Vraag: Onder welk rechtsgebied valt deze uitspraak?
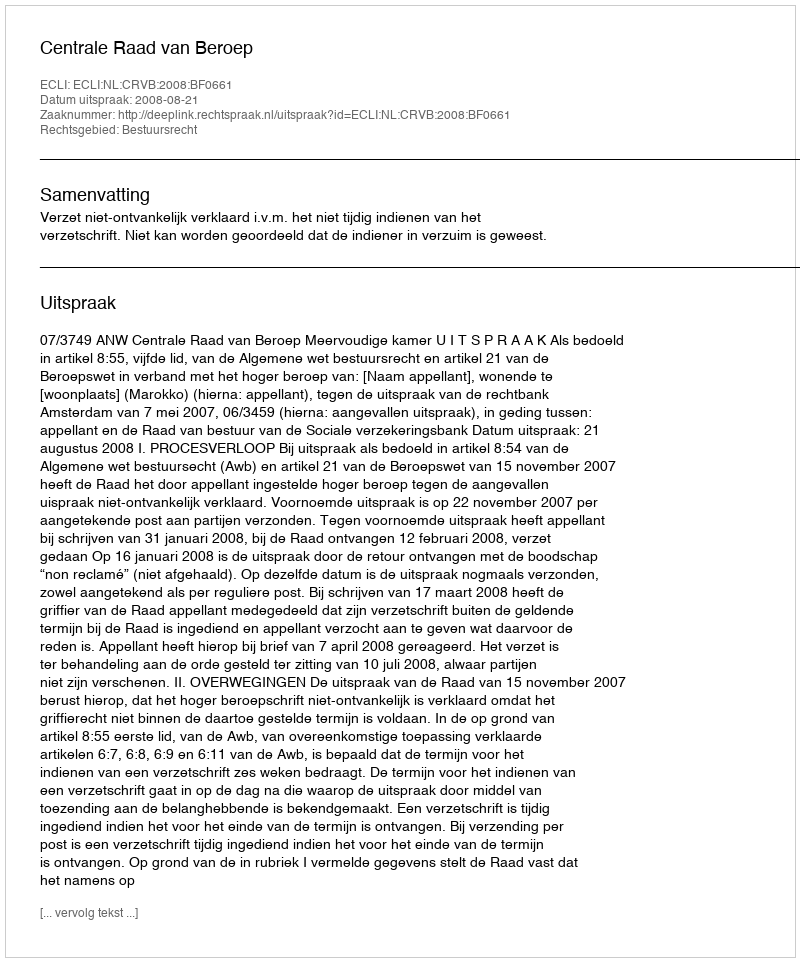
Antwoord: Bestuursrecht